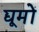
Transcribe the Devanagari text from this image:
द्यूमों